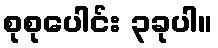
စုစုပေါင်း ၃ခုပါ။